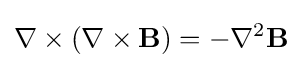
\nabla \times (\nabla \times \mathbf {B} )=-\nabla ^{2}\mathbf {B}